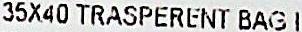
35X40 TRASPERENT BAG 1